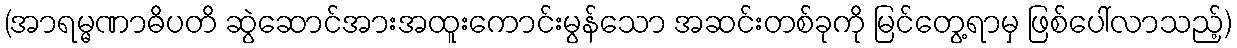
(အာရမ္မဏာဓိပတိ ဆွဲဆောင်အားအထူးကောင်းမွန်သော အဆင်းတစ်ခုကို မြင်တွေ့ရာမှ ဖြစ်ပေါ်လာသည့်)